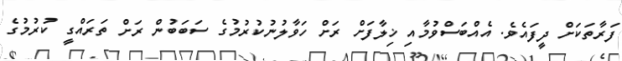
ފަރާތަކަށް ދީފައެވެ. އެއްބަސްވުމާއި ޚިލާފަށް ރަށް ހަވާލުނުކުރުމުގެ ސަބަބުން ރަށް ތަރައްގީ ކުރުމުގެ